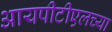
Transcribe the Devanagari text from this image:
आयपीटीएलच्या